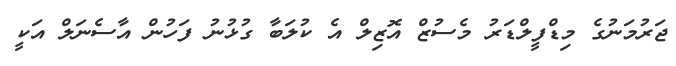
ޖަރުމަނުގެ މިޑްފީލްޑަރު މެސުޒް އޮޒިލް އެ ކުލަބާ ގުޅުނު ފަހުން އާސެނަލް އަކީ